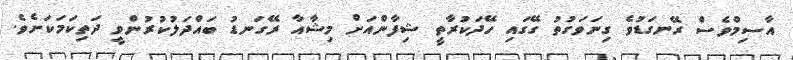
އާސިމްވެސް ރޭނގަޑުވެ ގިނަވަގުތު ގޭގައި ހޭދަކުރާތީ ޝިފާންއަށް މިޝާއާ ރޭގަނޑު ބައްދަލުކުރުންވީ ދަތިކަމަކަށެވެ.